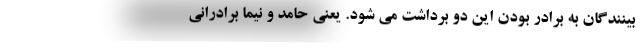
بینندگان به برادر بودن این دو برداشت می شود. یعنی حامد و نیما برادرانی